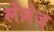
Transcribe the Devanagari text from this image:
लेंज़ेज